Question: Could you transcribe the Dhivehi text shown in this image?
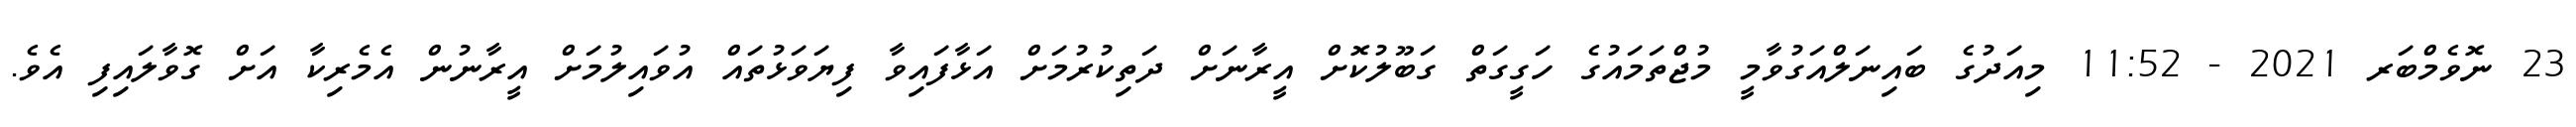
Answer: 23 ނޮވެމްބަރ 2021 - 11:52 މިއަދުގެ ބައިނަލްއަގުވާމީ މުޖްތަމައުގެ ހަގީގަތް ގަބޫލުކޮށް އީރާނަށް ދަތިކުރުމަށް އަޅާފައިވާ ފިޔަވަޅުތައް އުވައިލުމަށް އީރާނުން އެމެރިކާ އަށް ގޮވާލައިފި އެވެ.